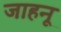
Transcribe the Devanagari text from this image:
जाहनू